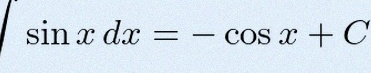
\int \sin x\,dx=-\cos x+C